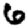
Digit: 6